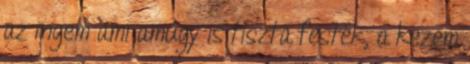
az ingem ami amúgy is tiszta festék, a kezem